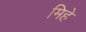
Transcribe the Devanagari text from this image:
मिहे